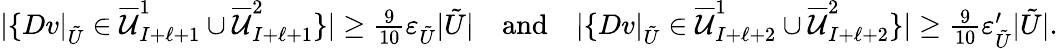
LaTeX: \begin{array}{r}{|\{ Dv|_{\tilde{U}}\in\overline{{\mathcal{U}}}_{I+\ell+1}^{1}\cup\overline{{\mathcal{U}}}_{I+\ell+1}^{2}\} |\geq\frac{9}{10}\varepsilon_{\tilde{U}}|\tilde{U}|\quad\mathrm{and}\quad|\{ Dv|_{\tilde{U}}\in\overline{{\mathcal{U}}}_{I+\ell+2}^{1}\cup\overline{{\mathcal{U}}}_{I+\ell+2}^{2}\} |\geq\frac{9}{10}\varepsilon_{\tilde{U}}^{\prime}|\tilde{U}|.}\end{array}